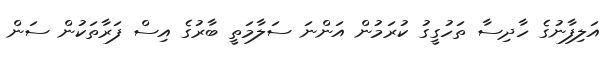
އަލިފާނުގެ ހާދިސާ ތަހުގީގު ކުރަމުން އަންނަ ސަލާމަތީ ބާރުގެ އިސް ފަރާތަކުން ސަން